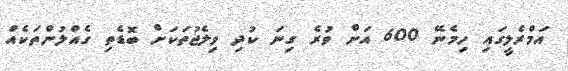
އަމްރެލީގައި ހިމެނޭ 600 އަށް ވުރެ ގިނަ ކުދި ވިލެޖުތަކަށް ބޮޑެތި ގެއްލުންތަކެއް